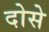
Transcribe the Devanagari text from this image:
दोसे